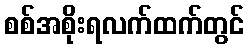
စစ်အစိုးရလက်ထက်တွင်